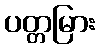
ပတ္တမြား